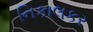
નિકાલકર